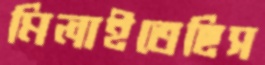
মিলাইতেছিস